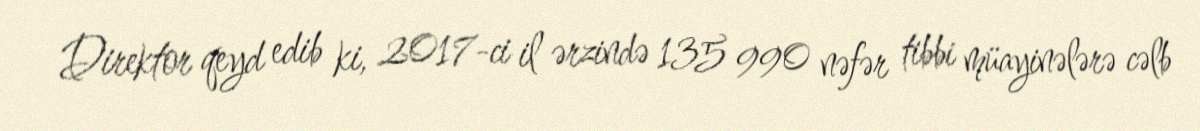
Direktor qeyd edib ki, 2017-ci il ərzində 135 990 nəfər tibbi müayinələrə cəlb